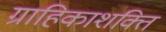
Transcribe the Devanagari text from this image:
ग्राहिकाशक्ति